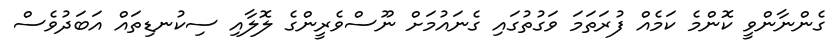
ގެންނާންވީ ކޮންމެ ކަމެއް ފުރަތަމަ ވަގުތުގައި ގެނައުމަށް ނޫސްވެރީންގެ ލޮލާއި ސިކުނޑިތައް އަބަދުވެސް